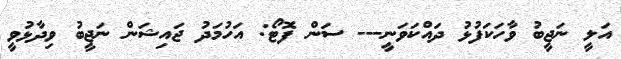
އަލީ ނަޖީބު ވާހަކަފުޅު ދައްކަވަނީ--- ސަން ފޮޓޯ: އަހުމަދު ޖައިޝަން ނަޖީބު ވިދާޅުވީ